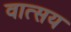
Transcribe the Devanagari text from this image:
वात्सय